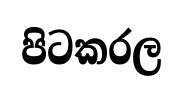
පිටකරල